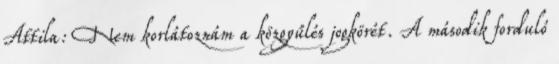
Attila: Nem korlátoznám a közgyűlés jogkörét. A második forduló